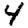
Digit: 4